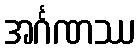
အင်္ဂဏဿ